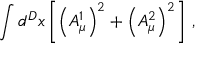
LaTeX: \int d ^ { D } x \left[ \left( A _ { \mu } ^ { 1 } \right) ^ { 2 } + \left( A _ { \mu } ^ { 2 } \right) ^ { 2 } \right] \, ,